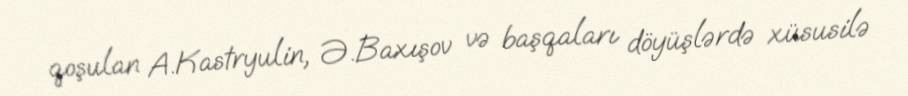
qoşulan A.Kastryulin, Ə.Baxışov və başqaları döyüşlərdə xüsusilə